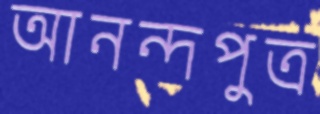
আনন্দপুত্র